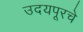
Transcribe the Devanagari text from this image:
उदयपूरचे